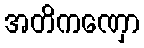
အတိကဏှော